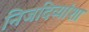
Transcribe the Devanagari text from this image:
निजदिव्यांशा